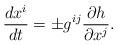
LaTeX: \begin{align*}{dx^{i} \over dt}=\pm g^{ij}{\partial h \over \partial x^{j}}.\end{align*}